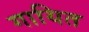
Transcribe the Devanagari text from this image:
गायित